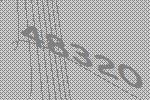
48320